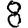
Digit: 8